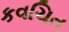
કવચિત